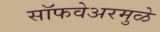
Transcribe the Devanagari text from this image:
सॉफवेअरमुळे